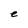
Character: e